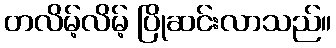
တလိမ့်လိမ့် ပြိုဆင်းလာသည်။